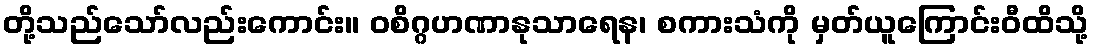
တို့သည်သော်လည်းကောင်း။ ဝစိဂ္ဂဟဏာနုသာရေန၊ စကားသံကို မှတ်ယူကြောင်းဝီထိသို့